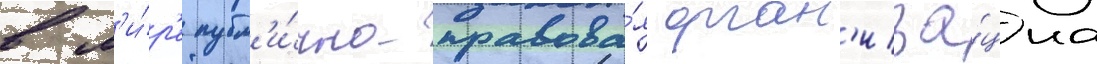
в м'и́р'е публ'и́чно-правова́я орган'иза́циа